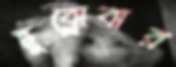
ছুব্‌লোবার